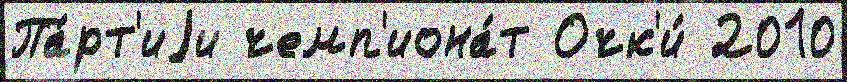
Па́рт'иjи чемп'иона́т Очк'и́ 2010